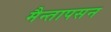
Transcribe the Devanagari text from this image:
मैन्तापसन